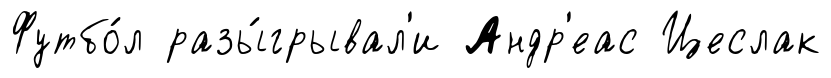
Футбо́л разы́грывал'и Андр'еас Цеслак